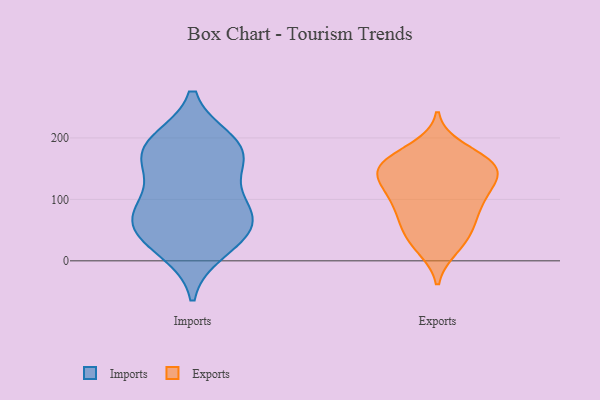
{"axis": {"x": "Shipments", "y": "Value"}, "legend": ["Exports", "Imports"], "data": [{"x": "", "y": 88, "type": "Imports"}, {"x": "", "y": 190, "type": "Imports"}, {"x": "", "y": 165, "type": "Imports"}, {"x": "", "y": 177, "type": "Imports"}, {"x": "", "y": 55, "type": "Imports"}, {"x": "", "y": 193, "type": "Imports"}, {"x": "", "y": 84, "type": "Imports"}, {"x": "", "y": 50, "type": "Imports"}, {"x": "", "y": 39, "type": "Imports"}, {"x": "", "y": 159, "type": "Imports"}, {"x": "", "y": 88, "type": "Imports"}, {"x": "", "y": 18, "type": "Imports"}, {"x": "", "y": 163, "type": "Exports"}, {"x": "", "y": 154, "type": "Exports"}, {"x": "", "y": 85, "type": "Exports"}, {"x": "", "y": 134, "type": "Exports"}, {"x": "", "y": 53, "type": "Exports"}, {"x": "", "y": 183, "type": "Exports"}, {"x": "", "y": 101, "type": "Exports"}, {"x": "", "y": 164, "type": "Exports"}, {"x": "", "y": 46, "type": "Exports"}, {"x": "", "y": 65, "type": "Exports"}, {"x": "", "y": 148, "type": "Exports"}, {"x": "", "y": 21, "type": "Exports"}, {"x": "", "y": 160, "type": "Exports"}, {"x": "", "y": 114, "type": "Exports"}, {"x": "", "y": 113, "type": "Exports"}, {"x": "", "y": 25, "type": "Exports"}, {"x": "", "y": 144, "type": "Exports"}, {"x": "", "y": 87, "type": "Exports"}, {"x": "", "y": 139, "type": "Exports"}]}